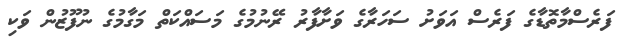
ފަރެސްމާތޮޑާގެ ފަރެސް އަވަށު ސަހަރާގެ ވަށާފާރު ރޭނުމުގެ މަސައްކަތް މަގާމުގެ ނުފޫޒުން ވަކި